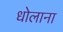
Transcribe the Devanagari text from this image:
धोलाना